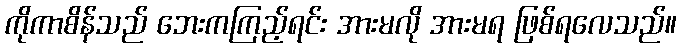
ကိုကာစိန်သည် ဘေးကကြည့်ရင်း အားမလို အားမရ ဖြစ်ရလေသည်။